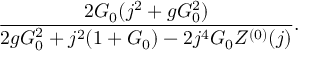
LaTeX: \frac { 2 { \cal G } _ { 0 } ( j ^ { 2 } + g { \cal G } _ { 0 } ^ { 2 } ) } { 2 g { \cal G } _ { 0 } ^ { 2 } + j ^ { 2 } ( 1 + { \cal G } _ { 0 } ) - 2 j ^ { 4 } { \cal G } _ { 0 } Z ^ { ( 0 ) } ( j ) } .